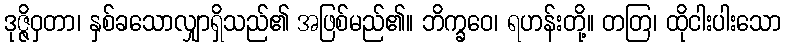
ဒုဇ္ဇိဝှတာ၊ နှစ်ခသောလျှာရှိသည်၏ အဖြစ်မည်၏။ ဘိက္ခဝေ၊ ရဟန်းတို့။ တတြ၊ ထိုငါးပါးသော